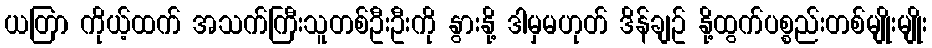
ယတြာ ကိုယ့်ထက် အသက်ကြီးသူတစ်ဦးဦးကို နွားနို့ ဒါမှမဟုတ် ဒိန်ချဥ် နို့ထွက်ပစ္စည်းတစ်မျိုးမျိုး